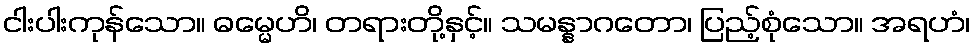
ငါးပါးကုန်သော။ ဓမ္မေဟိ၊ တရားတို့နှင့်။ သမန္နာဂတော၊ ပြည့်စုံသော။ အရဟံ၊